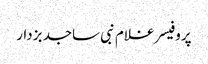
پروفیسر غلام نبی ساجد بزدار